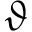
\vartheta